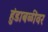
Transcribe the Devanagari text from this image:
हुंडाबळींवर